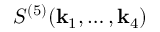
S ^ { ( 5 ) } ( \mathbf { k } _ { 1 } , \ldots , \mathbf { k } _ { 4 } )